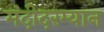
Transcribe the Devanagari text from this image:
मंदीदरम्यान